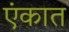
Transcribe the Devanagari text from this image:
एंकात